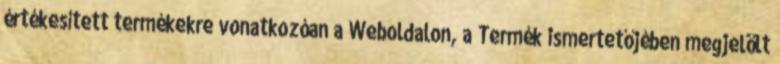
értékesített termékekre vonatkozóan a Weboldalon, a Termék ismertetőjében megjelölt